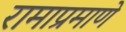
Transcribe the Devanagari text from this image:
रामाप्रमाणे